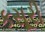
કસૂરી